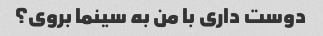
دوست داری با من به سینما بروی؟